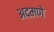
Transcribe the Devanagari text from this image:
अदमणे